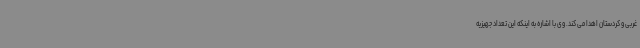
غربی و کردستان اهدا می کند. وی با اشاره به اینکه این تعداد جهیزیه